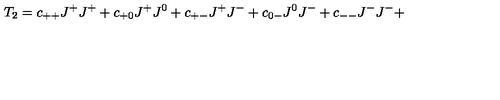
T _ { 2 } = c _ { + + } J ^ { + } J ^ { + } + c _ { + 0 } J ^ { + } J ^ { 0 } + c _ { + - } J ^ { + } J ^ { - } + c _ { 0 - } J ^ { 0 } J ^ { - } + c _ { -- } J ^ { - } J ^ { - } +